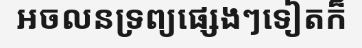
អចលនទ្រព្យផ្សេងៗទៀតក៏